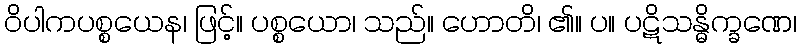
ဝိပါကပစ္စယေန၊ ဖြင့်။ ပစ္စယော၊ သည်။ ဟောတိ၊ ၏။ ပ။ ပဋိသန္ဓိက္ခဏေ၊